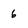
Character: 6